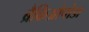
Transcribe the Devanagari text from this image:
ब्रैकिओपोडा